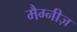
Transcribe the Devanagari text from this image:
मैग्नीज़